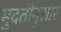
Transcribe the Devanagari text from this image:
मुदतीनुसार